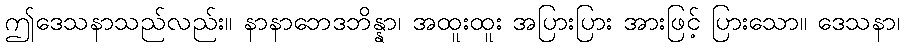
ဤဒေသနာသည်လည်း။ နာနာဘေဒဘိန္နာ၊ အထူးထူး အပြားပြား အားဖြင့် ပြားသော။ ဒေသနာ၊